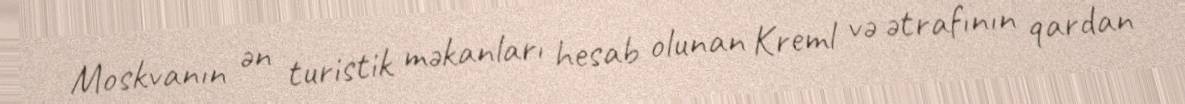
Moskvanın ən turistik məkanları hesab olunan Kreml və ətrafının qardan